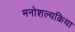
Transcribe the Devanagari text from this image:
मनोशल्यक्रिया